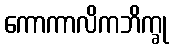
ကောကာလိကဘိက္ခု